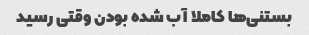
بستنی‌ها کاملا آب شده بودن وقتی رسید